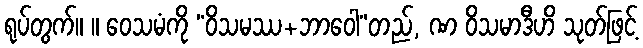
ရုပ်တွက်။ ။ ဝေသမံကို “ဝိသမဿ+ဘာဝေါ”တည်, ဏ ဝိသမာဒီဟိ သုတ်ဖြင့်